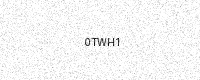
Text: 0TWH1